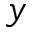
y